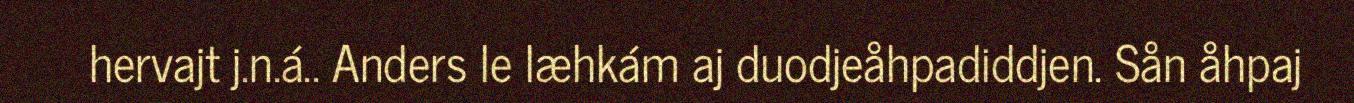
hervajt j.n.á.. Anders le læhkám aj duodjeåhpadiddjen. Sån åhpaj